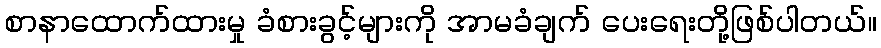
စာနာထောက်ထားမှု ခံစားခွင့်များကို အာမခံချက် ပေးရေးတို့ဖြစ်ပါတယ်။